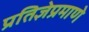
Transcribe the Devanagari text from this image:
प्रतिज्ञेप्रमाणे